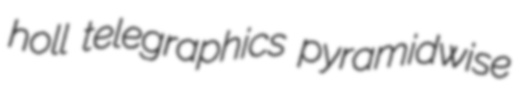
holl telegraphics pyramidwise